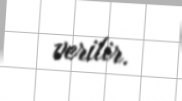
verilir.